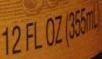
12FL OZ(355ml